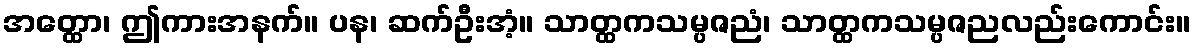
အတ္ထော၊ ဤကားအနက်။ ပန၊ ဆက်ဦးအံ့။ သာတ္ထကသမ္ပဇညံ၊ သာတ္ထကသမ္ပဇညလည်းကောင်း။